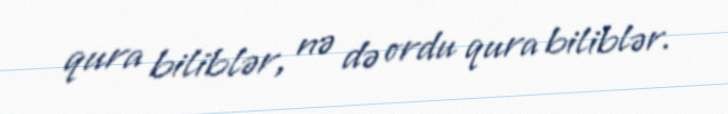
qura biliblər, nə də ordu qura biliblər.